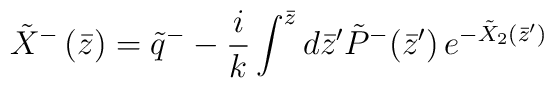
\tilde{X}^{-}\left( \bar{z}\right) =\tilde{q}^{-}-\frac ik\int^{\bar{z}}d\bar{z}^{\prime }\tilde{P}^{-}(\bar{z}^{\prime })\,e^{-\tilde{X}_2\left( \bar{z}^{\prime }\right) }